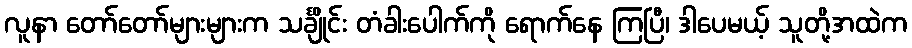
လူနာ တော်တော်များများက သင်္ချိုင်း တံခါးပေါက်ကို ရောက်နေ ကြပြီ၊ ဒါပေမယ့် သူတို့အထဲက